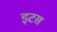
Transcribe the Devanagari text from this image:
इटस